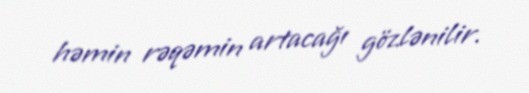
həmin rəqəmin artacağı gözlənilir.